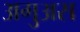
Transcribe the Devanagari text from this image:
अगुअस